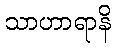
သာဟာရာနိ